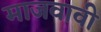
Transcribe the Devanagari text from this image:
माजवावी